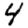
Digit: 4